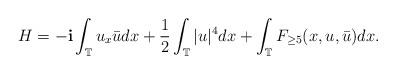
LaTeX: \begin{align*}H=-\mathbf{i}\int_{\mathbb{T}}u_x\bar{u}dx+\frac12\int_{\mathbb{T}}|u|^4dx+\int_{\mathbb{T}}F_{\geq5}(x,u,\bar{u})dx.\end{align*}